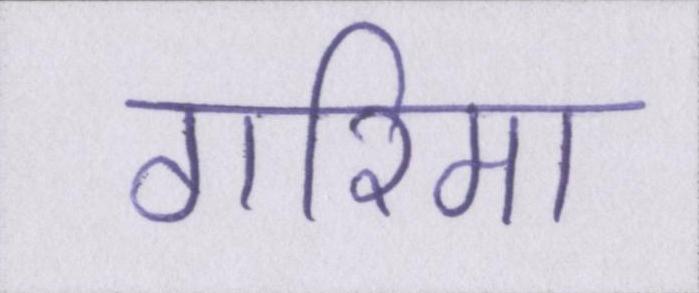
गरिमा